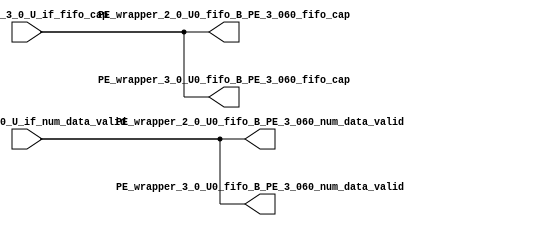
// ==================================================
// RTL generated by RapidStream
//
// Copyright 2024 RapidStream Design Automation, Inc.
// All Rights Reserved.
// ==================================================
`timescale 1 ns / 1 ps
module __rs_kernel3_aux_split_aux_119 #(
    parameter C_S_AXI_CONTROL_DATA_WIDTH  = 32,
    parameter C_S_AXI_CONTROL_ADDR_WIDTH  = 6,
    parameter C_S_AXI_DATA_WIDTH          = 32,
    parameter C_M_AXI_GMEM_A_ID_WIDTH     = 1,
    parameter C_M_AXI_GMEM_A_ADDR_WIDTH   = 64,
    parameter C_M_AXI_GMEM_A_DATA_WIDTH   = 512,
    parameter C_M_AXI_GMEM_A_AWUSER_WIDTH = 1,
    parameter C_M_AXI_GMEM_A_ARUSER_WIDTH = 1,
    parameter C_M_AXI_GMEM_A_WUSER_WIDTH  = 1,
    parameter C_M_AXI_GMEM_A_RUSER_WIDTH  = 1,
    parameter C_M_AXI_GMEM_A_BUSER_WIDTH  = 1,
    parameter C_M_AXI_GMEM_A_USER_VALUE   = 0,
    parameter C_M_AXI_GMEM_A_PROT_VALUE   = 0,
    parameter C_M_AXI_GMEM_A_CACHE_VALUE  = 3,
    parameter C_M_AXI_DATA_WIDTH          = 32,
    parameter C_M_AXI_GMEM_B_ID_WIDTH     = 1,
    parameter C_M_AXI_GMEM_B_ADDR_WIDTH   = 64,
    parameter C_M_AXI_GMEM_B_DATA_WIDTH   = 512,
    parameter C_M_AXI_GMEM_B_AWUSER_WIDTH = 1,
    parameter C_M_AXI_GMEM_B_ARUSER_WIDTH = 1,
    parameter C_M_AXI_GMEM_B_WUSER_WIDTH  = 1,
    parameter C_M_AXI_GMEM_B_RUSER_WIDTH  = 1,
    parameter C_M_AXI_GMEM_B_BUSER_WIDTH  = 1,
    parameter C_M_AXI_GMEM_B_USER_VALUE   = 0,
    parameter C_M_AXI_GMEM_B_PROT_VALUE   = 0,
    parameter C_M_AXI_GMEM_B_CACHE_VALUE  = 3,
    parameter C_M_AXI_GMEM_C_ID_WIDTH     = 1,
    parameter C_M_AXI_GMEM_C_ADDR_WIDTH   = 64,
    parameter C_M_AXI_GMEM_C_DATA_WIDTH   = 512,
    parameter C_M_AXI_GMEM_C_AWUSER_WIDTH = 1,
    parameter C_M_AXI_GMEM_C_ARUSER_WIDTH = 1,
    parameter C_M_AXI_GMEM_C_WUSER_WIDTH  = 1,
    parameter C_M_AXI_GMEM_C_RUSER_WIDTH  = 1,
    parameter C_M_AXI_GMEM_C_BUSER_WIDTH  = 1,
    parameter C_M_AXI_GMEM_C_USER_VALUE   = 0,
    parameter C_M_AXI_GMEM_C_PROT_VALUE   = 0,
    parameter C_M_AXI_GMEM_C_CACHE_VALUE  = 3,
    parameter C_S_AXI_CONTROL_WSTRB_WIDTH = 4,
    parameter C_S_AXI_WSTRB_WIDTH         = 4,
    parameter C_M_AXI_GMEM_A_WSTRB_WIDTH  = 64,
    parameter C_M_AXI_WSTRB_WIDTH         = 4,
    parameter C_M_AXI_GMEM_B_WSTRB_WIDTH  = 64,
    parameter C_M_AXI_GMEM_C_WSTRB_WIDTH  = 64
) (
    output wire [1:0] PE_wrapper_2_0_U0_fifo_B_PE_3_060_fifo_cap,
    output wire [1:0] PE_wrapper_2_0_U0_fifo_B_PE_3_060_num_data_valid,
    output wire [1:0] PE_wrapper_3_0_U0_fifo_B_PE_3_060_fifo_cap,
    output wire [1:0] PE_wrapper_3_0_U0_fifo_B_PE_3_060_num_data_valid,
    input wire  [1:0] fifo_B_PE_3_0_U_if_fifo_cap,
    input wire  [1:0] fifo_B_PE_3_0_U_if_num_data_valid
);
assign PE_wrapper_2_0_U0_fifo_B_PE_3_060_fifo_cap = fifo_B_PE_3_0_U_if_fifo_cap;
assign PE_wrapper_2_0_U0_fifo_B_PE_3_060_num_data_valid = fifo_B_PE_3_0_U_if_num_data_valid;
assign PE_wrapper_3_0_U0_fifo_B_PE_3_060_fifo_cap = fifo_B_PE_3_0_U_if_fifo_cap;
assign PE_wrapper_3_0_U0_fifo_B_PE_3_060_num_data_valid = fifo_B_PE_3_0_U_if_num_data_valid;
endmodule